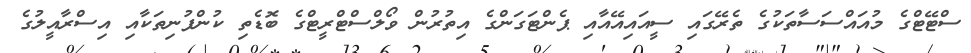
ސްޓޭޓްގެ މުއައްސަސާތަކުގެ ތެރޭގައި ސީއައިއޭއާއި ޕެންޓަގަންގެ އިތުރުން ވޯލްސްޓްރީޓްގެ ބޮޑެތި ކުންފުނިތަކާއި އިސްރާއީލުގެ